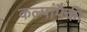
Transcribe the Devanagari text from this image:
कल्पांपैकी